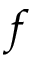
f